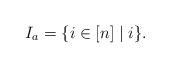
\begin{align*}I_a = \{ i \in [n] \mid i \}.\end{align*}